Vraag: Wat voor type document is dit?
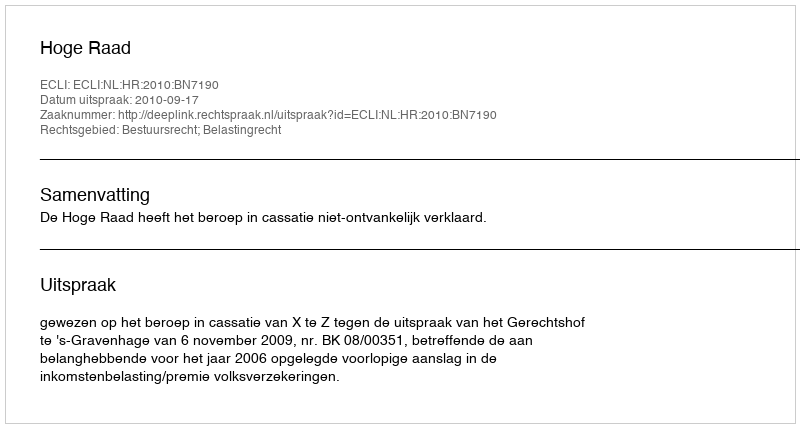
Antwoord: Uitspraak